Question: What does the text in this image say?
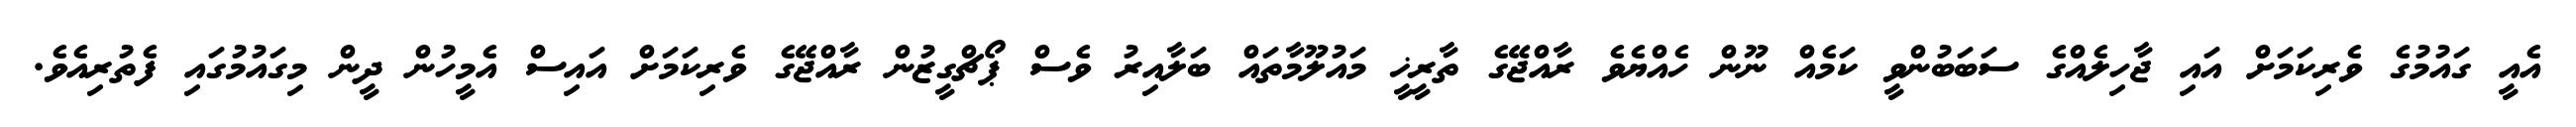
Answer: އެއީ ގައުމުގެ ވެރިކަމަށް އައި ޖާހިލެއްގެ ސަބަބުންވީ ކަމެއް ނޫން ހެއްޔެވެ ރާއްޖޭގެ ތާރީޚީ މައުލޫމާތައް ބަލާއިރު ވެސް ޕޯޗްގީޒުން ރާއްޖޭގެ ވެރިކަމަށް އައިސް އެމީހުން ދީން މިގައުމުގައި ފެތުރިއެވެ.